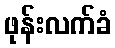
ဖုန်းလက်ခံ